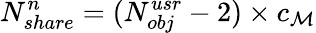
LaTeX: N_{share}^{n}=(N_{obj}^{usr}-2)\times c_{\mathcal{M}}